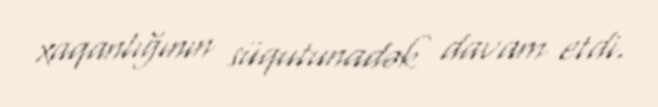
xaqanlığının süqutunadək davam etdi.